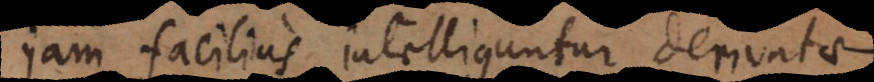
jam facilius intelliguntur derivatae